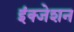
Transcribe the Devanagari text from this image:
इंक्जेशन